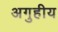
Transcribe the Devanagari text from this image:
अगुहीय